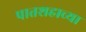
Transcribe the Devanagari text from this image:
पातशहाच्या